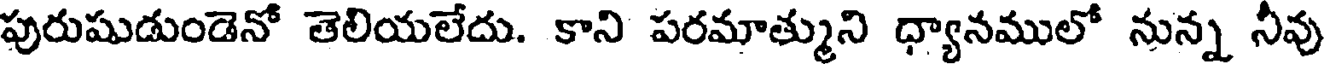
పురుషుడుండెనో తెలియలేదు. కాని పరమాత్ముని ధ్యానములో నున్న నీవు